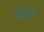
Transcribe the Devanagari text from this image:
धर्मालय